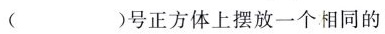
( )号正方体上摆放一个相同的